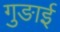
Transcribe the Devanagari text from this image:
गुङाई